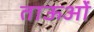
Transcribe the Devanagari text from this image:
ताऊओं